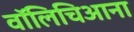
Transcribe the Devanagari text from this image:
वॉलिचिआना